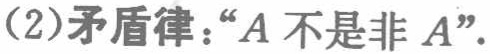
(2)矛盾律：“\(A\)不是非\(A\)”。